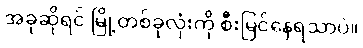
အခုဆိုရင် မြို့တစ်ခုလုံးကို စီးမြင်နေရသာပဲ။